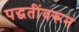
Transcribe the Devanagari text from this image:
पद्धतींवरून